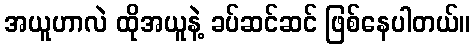
အယူဟာလဲ ထိုအယူနဲ့ ခပ်ဆင်ဆင် ဖြစ်နေပါတယ်။